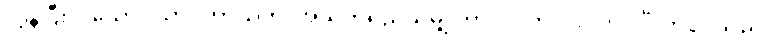
လွန်ပြီးလသော်။ ယာဝတာယုကံ၊ အသက်ရှည်သမျှ ကာလပတ်လုံး။ ဘဝင်္ဂံ၊ ဘဝင်သည်။